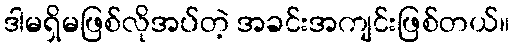
ဒါမရှိမဖြစ်လိုအပ်တဲ့ အခင်းအကျင်းဖြစ်တယ်။